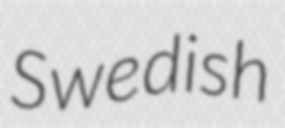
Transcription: Swedish